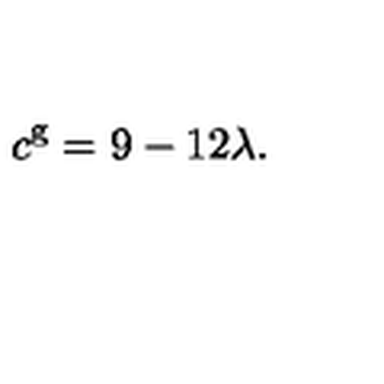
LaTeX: c ^ { \mathrm { g } } = 9 - 1 2 \lambda .